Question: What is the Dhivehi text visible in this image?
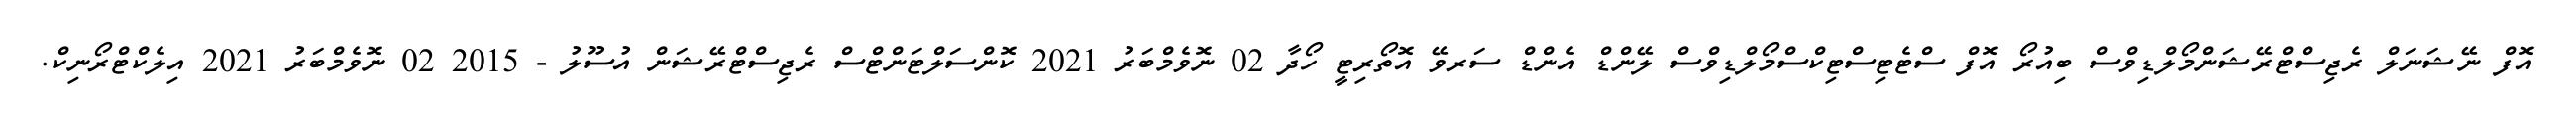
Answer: އޮފް ނޭޝަނަލް ރެޖިސްޓްރޭޝަންމޯލްޑިވްސް ބިއުރޯ އޮފް ސްޓެޓިސްޓިކްސްމޯލްޑިވްސް ލޭންޑް އެންޑް ސަރވޭ އޮތޯރިޓީ ހޯދާ 02 ނޮވެމްބަރު 2021 ކޮންސަލްޓަންޓްސް ރެޖިސްޓްރޭޝަން އުސޫލު - 2015 02 ނޮވެމްބަރު 2021 އިލެކްޓްރޯނިކް.